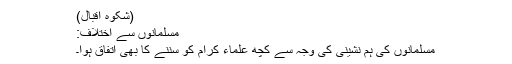
(شکوۂ اقبال)
مسلمانوں سے اختلاف:
مسلمانوں کی ہم نشینی کی وجہ سے کچھ علماء کرام کو سننے کا بھی اتفاق ہوا۔